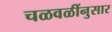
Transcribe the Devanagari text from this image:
चळवळींनुसार